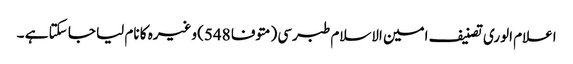
اعلام الوری تصنیف امین الاسلام طبرسی (متوفا 548) وغیرہ کا نام لیا جا سکتا ہے ۔